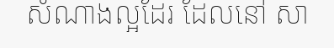
សំណាងល្អដែរ ដែលនៅ សា